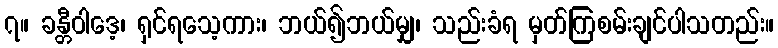
၇။ ခန္တီဝါဒေ့၊ ရှင်ရသေ့ကား၊ ဘယ်၍ဘယ်မျှ၊ သည်းခံရ မှတ်ကြစမ်းချင်ပါသတည်း။